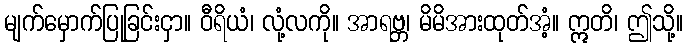
မျက်မှောက်ပြုခြင်းငှာ။ ဝီရိယံ၊ လုံ့လကို။ အာရဗ္ဘ၊ မိမိအားထုတ်အံ့။ ဣတိ၊ ဤသို့။